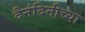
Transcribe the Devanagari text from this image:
दैनंदिनीच्या